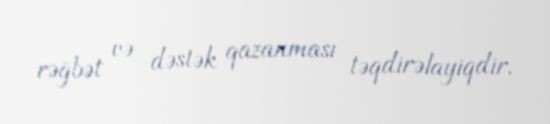
rəğbət və dəstək qazanması təqdirəlayiqdir.